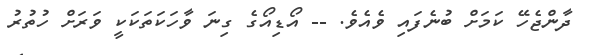
ދާންޖެހޭ ކަމަށް ބުނެފައި ވެއެވެ. -- އޯޑިއޯގެ ގިނަ ވާހަކަތަކަކީ ވަރަށް ހުތުރު